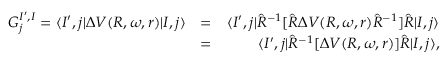
\begin{array} { r l r } { G _ { j } ^ { I ^ { \prime } , I } = \langle I ^ { \prime } , j | \Delta V ( R , \omega , r ) | I , j \rangle } & { = } & { \langle I ^ { \prime } , j | \hat { R } ^ { - 1 } [ \hat { R } \Delta V ( R , \omega , r ) \hat { R } ^ { - 1 } ] \hat { R } | I , j \rangle } \\ & { = } & { \langle I ^ { \prime } , j | \hat { R } ^ { - 1 } [ \Delta V ( R , \omega , r ) ] \hat { R } | I , j \rangle , } \end{array}